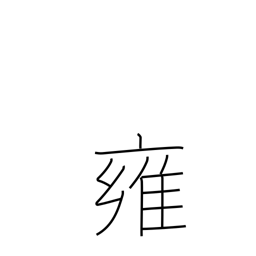
Meaning: mitigation